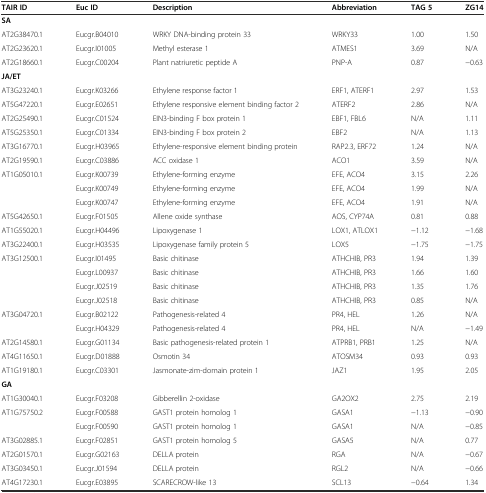
<table><thead><tr><td><b>TAIR ID</b></td><td><b>Euc ID</b></td><td><b>Description</b></td><td><b>Abbreviation</b></td><td><b>TAG 5</b></td><td><b>ZG14</b></td></tr></thead><tbody><tr><td colspan="6"><b>SA</b></td></tr><tr><td>AT2G38470.1</td><td>Eucgr.B04010</td><td>WRKY DNA-binding protein 33</td><td>WRKY33</td><td>1.00</td><td>1.50</td></tr><tr><td>AT2G23620.1</td><td>Eucgr.I01005</td><td>Methyl esterase 1</td><td>ATMES1</td><td>3.69</td><td>N/A</td></tr><tr><td>AT2G18660.1</td><td>Eucgr.C00204</td><td>Plant natriuretic peptide A</td><td>PNP-A</td><td>0.87</td><td>−0.63</td></tr><tr><td><b>JA/ET</b></td><td></td><td></td><td></td><td></td><td></td></tr><tr><td>AT3G23240.1</td><td>Eucgr.K03266</td><td>Ethylene response factor 1</td><td>ERF1, ATERF1</td><td>2.97</td><td>1.53</td></tr><tr><td>AT5G47220.1</td><td>Eucgr.E02651</td><td>Ethylene responsive element binding factor 2</td><td>ATERF2</td><td>2.86</td><td>N/A</td></tr><tr><td>AT2G25490.1</td><td>Eucgr.C01524</td><td>EIN3-binding F box protein 1</td><td>EBF1, FBL6</td><td>N/A</td><td>1.11</td></tr><tr><td>AT5G25350.1</td><td>Eucgr.C01334</td><td>EIN3-binding F box protein 2</td><td>EBF2</td><td>N/A</td><td>1.13</td></tr><tr><td>AT3G16770.1</td><td>Eucgr.H03965</td><td>Ethylene-responsive element binding protein</td><td>RAP2.3, ERF72</td><td>1.24</td><td>N/A</td></tr><tr><td>AT2G19590.1</td><td>Eucgr.C03886</td><td>ACC oxidase 1</td><td>ACO1</td><td>3.59</td><td>N/A</td></tr><tr><td>AT1G05010.1</td><td>Eucgr.K00739</td><td>Ethylene-forming enzyme</td><td>EFE, ACO4</td><td>3.15</td><td>2.26</td></tr><tr><td></td><td>Eucgr.K00749</td><td>Ethylene-forming enzyme</td><td>EFE, ACO4</td><td>1.99</td><td>N/A</td></tr><tr><td></td><td>Eucgr.K00747</td><td>Ethylene-forming enzyme</td><td>EFE, ACO4</td><td>1.91</td><td>N/A</td></tr><tr><td>AT5G42650.1</td><td>Eucgr.F01505</td><td>Allene oxide synthase</td><td>AOS, CYP74A</td><td>0.81</td><td>0.88</td></tr><tr><td>AT1G55020.1</td><td>Eucgr.H04496</td><td>Lipoxygenase 1</td><td>LOX1, ATLOX1</td><td>−1.12</td><td>−1.68</td></tr><tr><td>AT3G22400.1</td><td>Eucgr.H03535</td><td>Lipoxygenase family protein 5</td><td>LOX5</td><td>−1.75</td><td>−1.75</td></tr><tr><td>AT3G12500.1</td><td>Eucgr.I01495</td><td>Basic chitinase</td><td>ATHCHIB, PR3</td><td>1.94</td><td>1.39</td></tr><tr><td></td><td>Eucgr.L00937</td><td>Basic chitinase</td><td>ATHCHIB, PR3</td><td>1.66</td><td>1.60</td></tr><tr><td></td><td>Eucgr.J02519</td><td>Basic chitinase</td><td>ATHCHIB, PR3</td><td>1.35</td><td>1.76</td></tr><tr><td></td><td>Eucgr.J02518</td><td>Basic chitinase</td><td>ATHCHIB, PR3</td><td>0.85</td><td>N/A</td></tr><tr><td>AT3G04720.1</td><td>Eucgr.B02122</td><td>Pathogenesis-related 4</td><td>PR4, HEL</td><td>1.26</td><td>N/A</td></tr><tr><td></td><td>Eucgr.H04329</td><td>Pathogenesis-related 4</td><td>PR4, HEL</td><td>N/A</td><td>−1.49</td></tr><tr><td>AT2G14580.1</td><td>Eucgr.G01134</td><td>Basic pathogenesis-related protein 1</td><td>ATPRB1, PRB1</td><td>1.25</td><td>N/A</td></tr><tr><td>AT4G11650.1</td><td>Eucgr.D01888</td><td>Osmotin 34</td><td>ATOSM34</td><td>0.93</td><td>0.93</td></tr><tr><td>AT1G19180.1</td><td>Eucgr.C03301</td><td>Jasmonate-zim-domain protein 1</td><td>JAZ1</td><td>1.95</td><td>2.05</td></tr><tr><td><b>GA</b></td><td></td><td></td><td></td><td></td><td></td></tr><tr><td>AT1G30040.1</td><td>Eucgr.F03208</td><td>Gibberellin 2-oxidase</td><td>GA2OX2</td><td>2.75</td><td>2.19</td></tr><tr><td>AT1G75750.2</td><td>Eucgr.F00588</td><td>GAST1 protein homolog 1</td><td>GASA1</td><td>−1.13</td><td>−0.90</td></tr><tr><td></td><td>Eucgr.F00590</td><td>GAST1 protein homolog 1</td><td>GASA1</td><td>N/A</td><td>−0.85</td></tr><tr><td>AT3G02885.1</td><td>Eucgr.F02851</td><td>GAST1 protein homolog 5</td><td>GASA5</td><td>N/A</td><td>0.77</td></tr><tr><td>AT2G01570.1</td><td>Eucgr.G02163</td><td>DELLA protein</td><td>RGA</td><td>N/A</td><td>−0.67</td></tr><tr><td>AT3G03450.1</td><td>Eucgr.J01594</td><td>DELLA protein</td><td>RGL2</td><td>N/A</td><td>−0.66</td></tr><tr><td>AT4G17230.1</td><td>Eucgr.E03895</td><td>SCARECROW-like 13</td><td>SCL13</td><td>−0.64</td><td>1.34</td></tr></tbody></table>